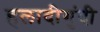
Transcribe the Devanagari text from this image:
हलादीगुंदी